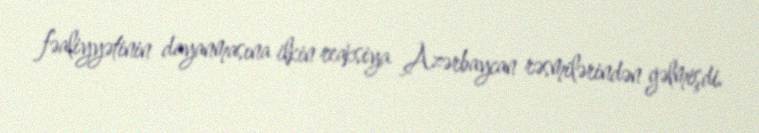
fəaliyyətinin dayanmasına ilkin reaksiya Azərbaycan rəsmilərindən gəlmişdi.